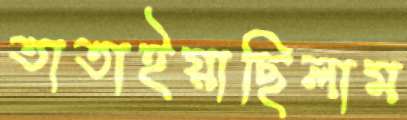
তাতাইয়াছিলাম